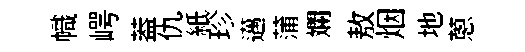
幟崿葢仇紙珍邁蒲斕敖烟地蔥